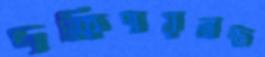
দক্ষিণায়নান্ত